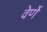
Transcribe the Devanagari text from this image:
वेर्णें